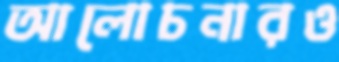
আলোচনারও